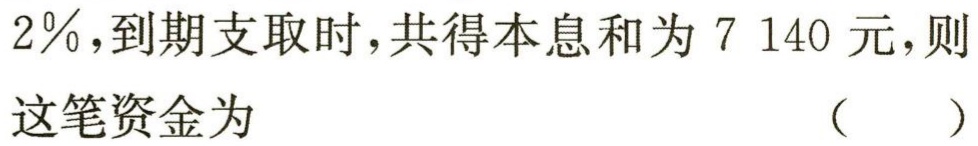
$2\%,到期支取时,共得本息和为7\ 140元,则这笔资金为（  ）$